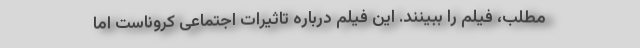
مطلب، فیلم را ببینند. این فیلم درباره تاثیرات اجتماعی کروناست اما